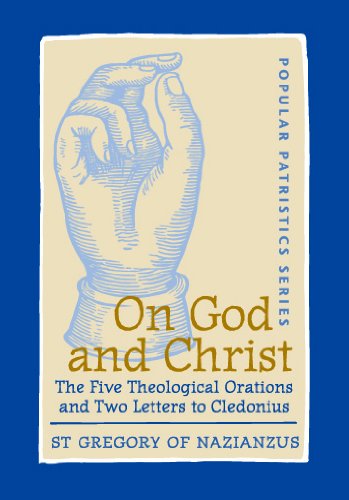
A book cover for On God and Christ: The Five Theological Orations and Two Letters to Cledonius (St. Vladimir's Seminary Press); Gregory; Religion & Spirituality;